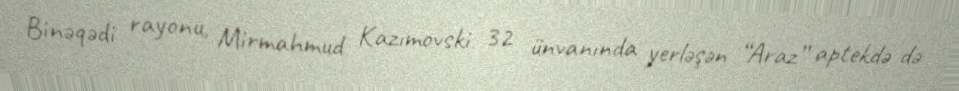
Binəqədi rayonu, Mirmahmud Kazımovski 32 ünvanında yerləşən “Araz” aptekdə də